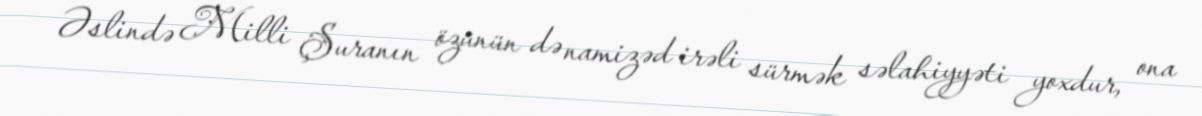
Əslində Milli Şuranın özünün də namizəd irəli sürmək səlahiyyəti yoxdur, ona